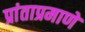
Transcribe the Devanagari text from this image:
प्रांताप्रमाणे